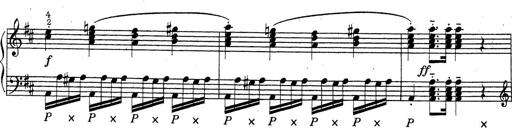
Title: ÄŒeskÃ© Sonatiny
Composer: Various